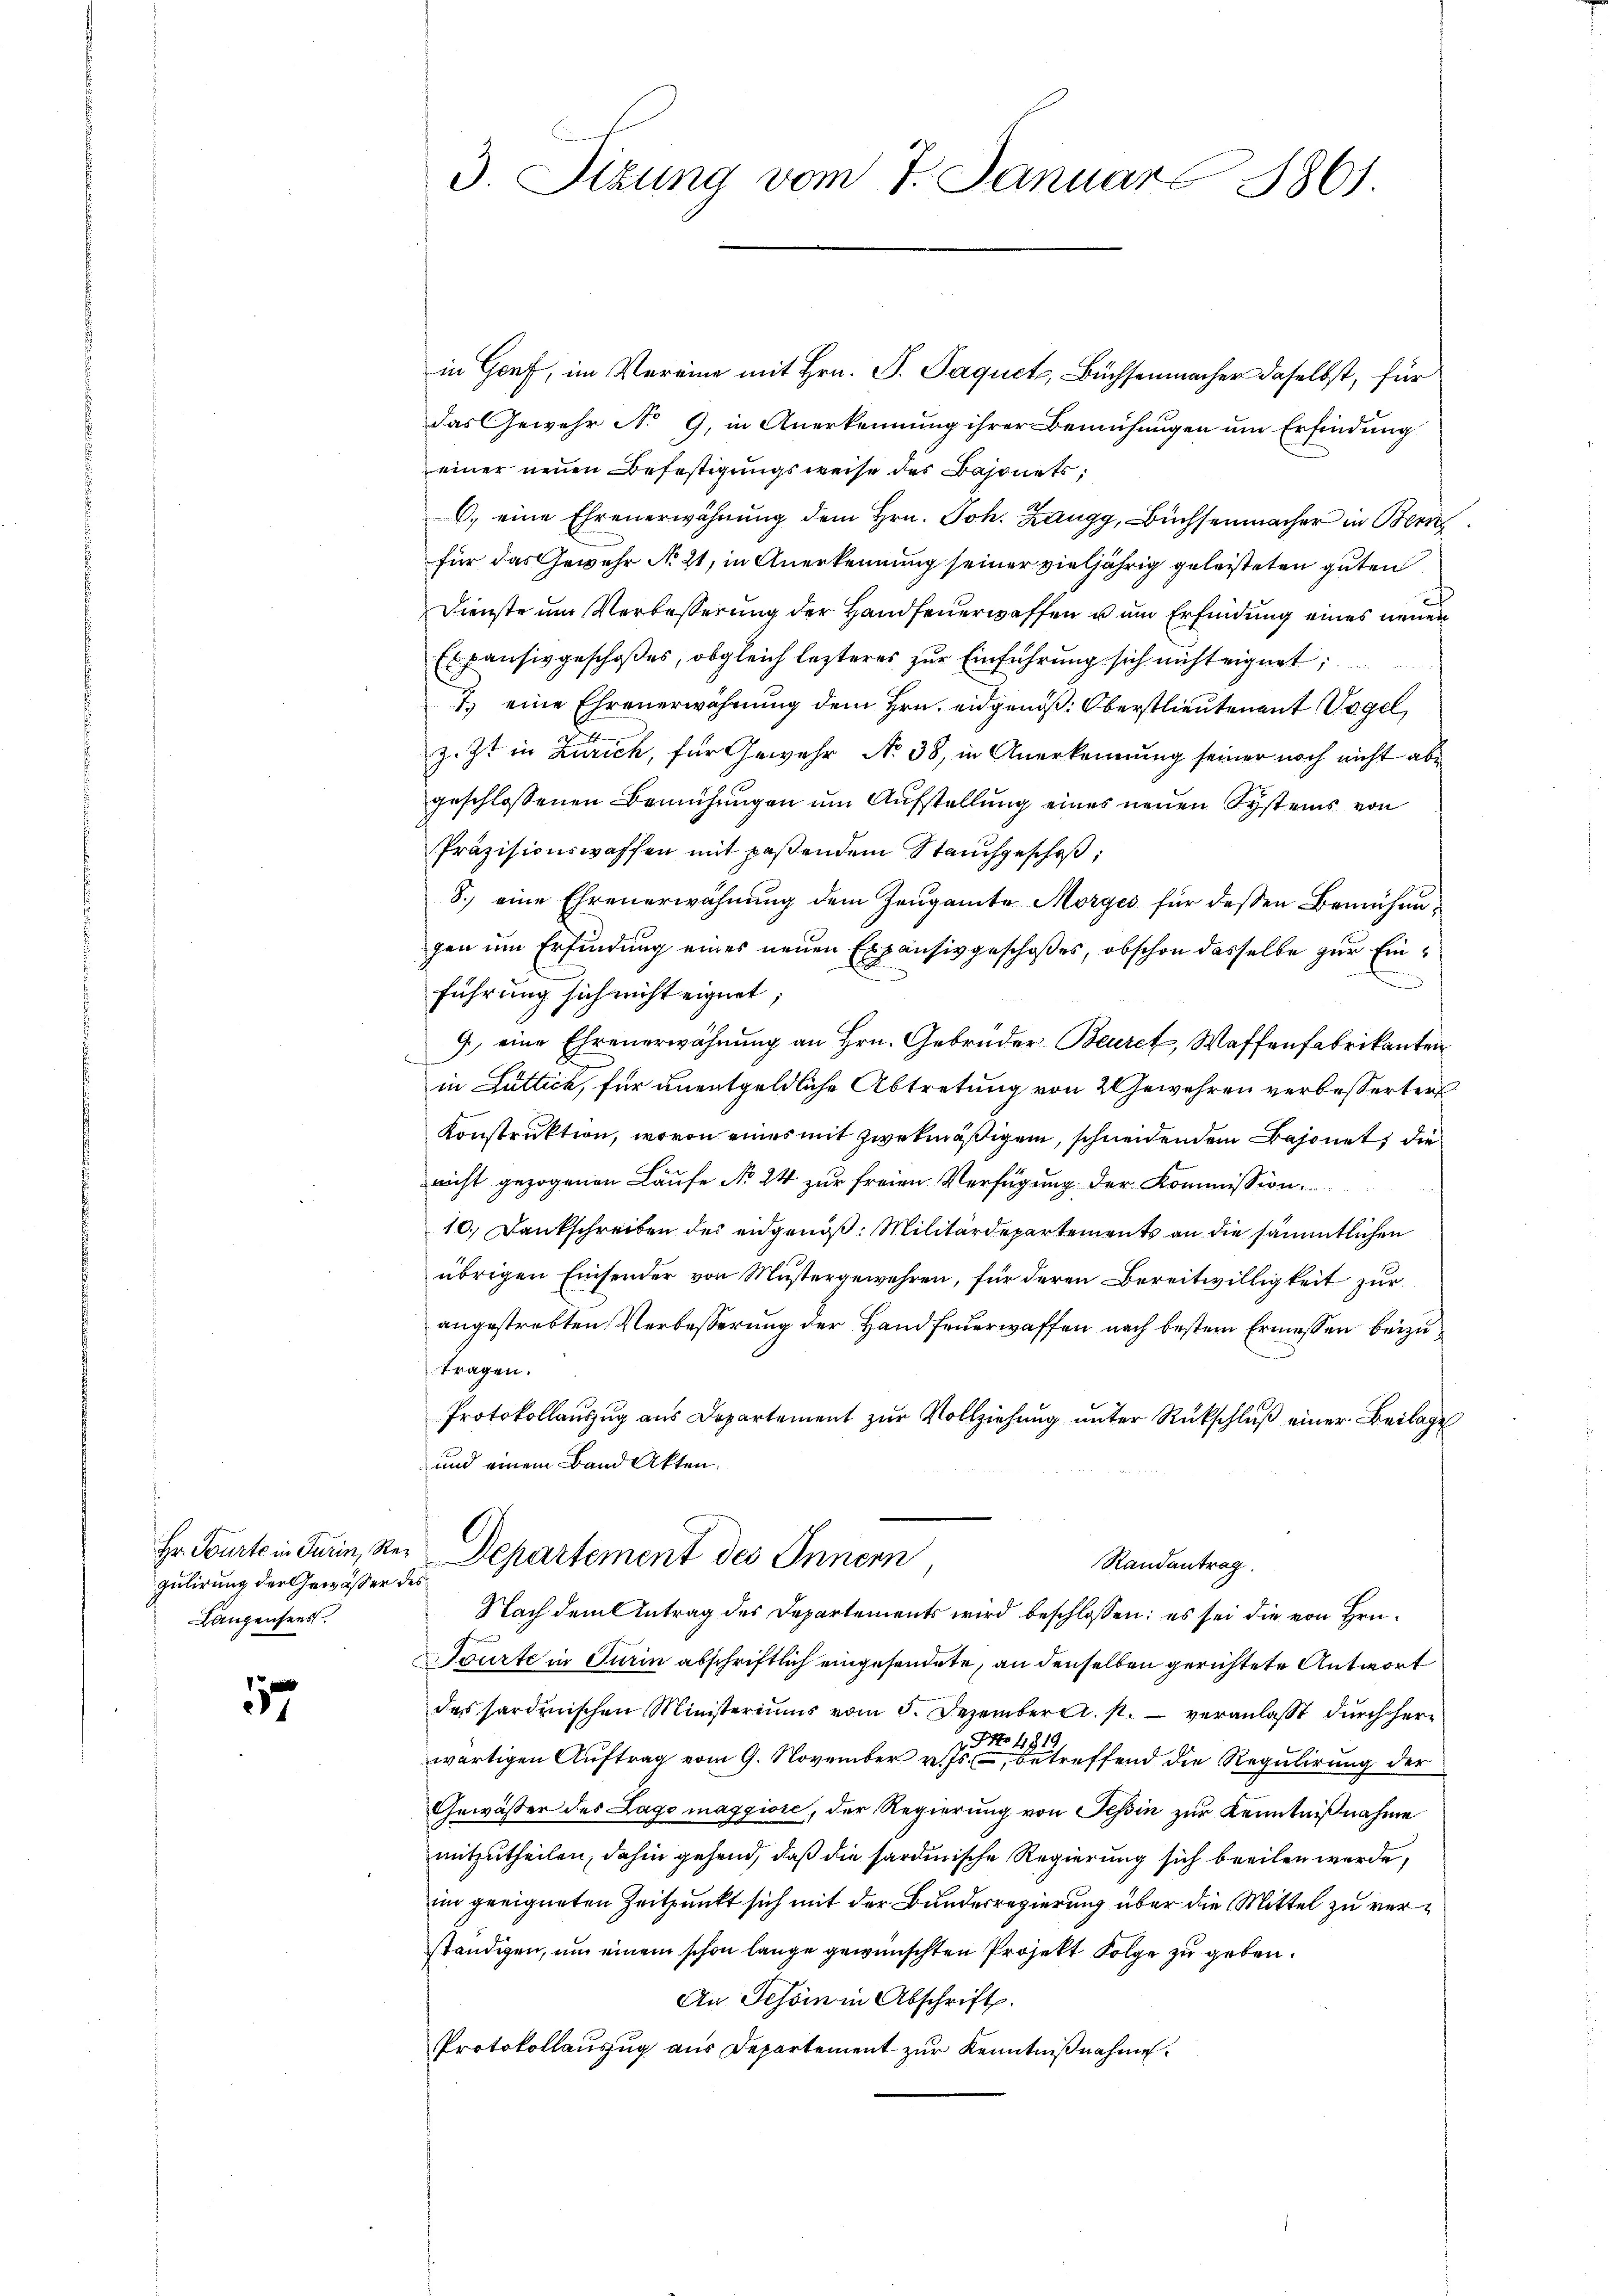
gulirung der Gewässer des
Langenseest.

17

3. Sizung vom 7. Januar 1861.

in Genf, im Vereine mit Hrn. P. Paquet, Büchsenmacher daselbst, für
das Gewehr No 9, in Anerkennung ihrer Bemühungen um Erfindung
einer neuen Befestigungsweise der Bajonets,
C. eine Ehrenerwähnung dem Hrn. Joh. Zangg, Büchsenmacher in Ber
für das Gewehr No 21, in Anerkennung seiner vieljährig geleisteten guten
Dienste um Verbesserung der Handfeuerwaffen u um Erfindung eines neuen
Es pausivgeschoßes, obgleich lezteres zur Einführung sich nicht eignet
7.) eine Ehrenerwähnung dem Hrn. eidgenöß: Oberstlieutenant Vogel,
z. Zt. in Zürich, für Gewehr No 38, in Anerkennung seiner noch nicht abe
geschlossenen Bemühungen um Aufstellung eines neuen Systems von
Präzisionswaffen mit passendem Stauchgesches,
8.) eine Ehrenerwähnung dem Zeugamte Morges für dessen Bemühungen um Erfindung eines neuen Expensivgeschoßes, obschon dasselbe zur Eine
führung sich nicht eignet
9) eine Ehrenerwähnung an Hrn. Gebrüder Beuret, Waffenfabrikanten
in Luttick, für unentgeldliche Abtretung von 2 Gewehren verbesserten
Konstruktion, wovon eines mit zwekmäßigem, schneidenden Bajonet, die
nicht gezogenen Läufe No 24 zur freien Verfügung der Kommission
10.) Dankschreiben des eidgenoß: Militärdepartements an die sämmtlichen
übrigen Einsender von Mustergewehren, für deren Bereitwilligkeit zur
angestrebten Verbesserung der Hand feuerwaffen nach bestem Ermessen beizutragen.
Protokollauszug aus Departement zur Vollziehung unter Rückschluß einer Beilage
und einem Band Akten.
Hr. Tourtein Turin, Ster Departement des Innern
Randantrag.
Nach dem Antrag des Departements wird beschlossen: es sei die von Hrn.
Sourte in Turin abschriftlich eingesendete, an denselben gerichtete Antwort
des sardinischen Ministeriums vom 5. Dezember a. p. veranlaßt durch herwärtigen Auftrag vom 9. November vertreffend die Regulirung der
Gewässer des Lago maggiore, der Regierung von Tessin zur Kenntnißnahme
mitzutheilen, dahin gehend, daß die sardinische Regierung sich breiten werde,
im geeigneten Zeitpunkt sich mit der Bunderregierung über die Mittel zu verständigen, um einem schon lange gewünschten Projekt Folge zu geben.
An Schön in Abschrift.
Protokollauszug aus Departement zur Kenntnißnahme